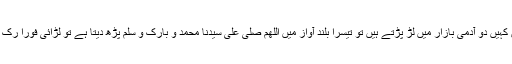
عرب میں کہیں دو آدمی بازار میں لڑ پڑتے ہیں تو تیسرا بلند آواز میں اللھم صلی علی سیدنا محمد و بارک و سلم پڑھ دیتا ہے تو لڑائی فوراََ رُک جاتی ہے۔